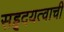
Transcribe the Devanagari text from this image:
सहृदयत्वाची